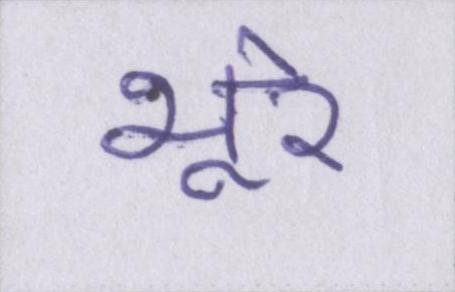
भूरे